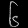
Digit: ၆